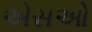
એસઓ